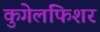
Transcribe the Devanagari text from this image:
कुगेलफिशर